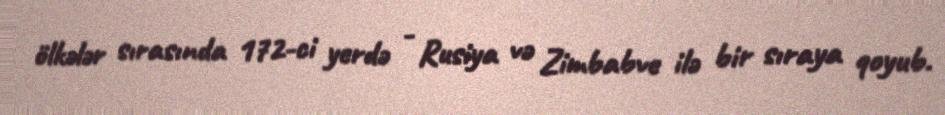
ölkələr sırasında 172-ci yerdə - Rusiya və Zimbabve ilə bir sıraya qoyub.